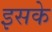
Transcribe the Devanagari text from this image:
इसके